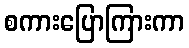
စကားပြောကြားကာ